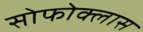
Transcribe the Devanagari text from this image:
सोफोक्लास